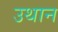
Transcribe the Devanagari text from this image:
उथान